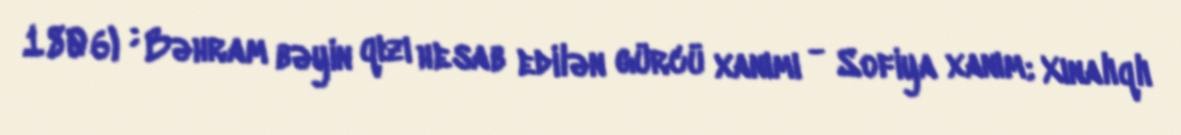
1806) ; Bəhram bəyin qızı hesab edilən gürcü xanımı - Sofiya xanım; Xınalıqlı